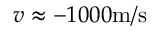
v \approx - 1 0 0 0 \mathrm { m / s }